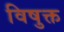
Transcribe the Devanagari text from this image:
विषुक्त